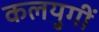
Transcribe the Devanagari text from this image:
कलयुगीं